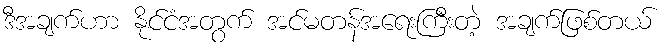
ဒီအချက်ဟာ နိုင်ငံအတွက် အင်မတန်အရေးကြီးတဲ့ အချက်ဖြစ်တယ်